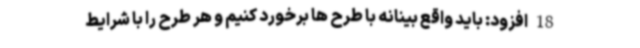
18 افزود: باید واقع بینانه با طرح ها برخورد کنیم و هر طرح را با شرایط